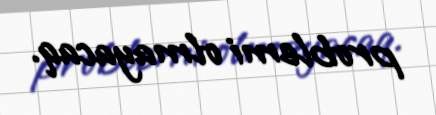
problemi olmayacaq.